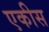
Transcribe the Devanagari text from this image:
एकीस